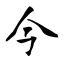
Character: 今